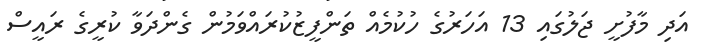
އަދި މާފުށީ ޖަލުގައި 13 އަހަރުގެ ހުކުމެއް ތަންފީޒުކުރައްވަމުން ގެންދަވާ ކުރީގެ ރައީސް